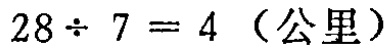
\(28\div 7 = 4\)（公里）